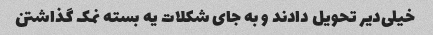
خیلی‌دیر تحویل دادند و به جای شکلات یه بسته نمک گذاشتن